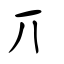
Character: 丌